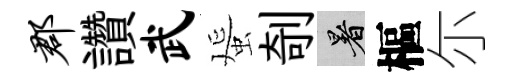
郡讚武蜑剞暑樞尓